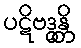
ပဋိဗဒ္ဓန္တိ